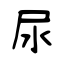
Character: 尿